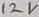
Text: 12V